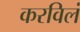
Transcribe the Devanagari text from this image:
करविलं